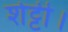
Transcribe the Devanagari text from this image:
शेट्टी।